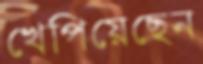
খেপিয়েছেন